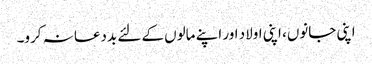
اپنی جانوں، اپنی اولاد اور اپنے مالوں کے لئے بددعا نہ کرو۔